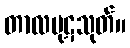
တာလပုဋသုတ်။